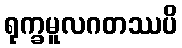
ရုက္ခမူလဂတဿပိ